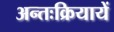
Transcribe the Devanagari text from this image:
अन्तःक्रियायें